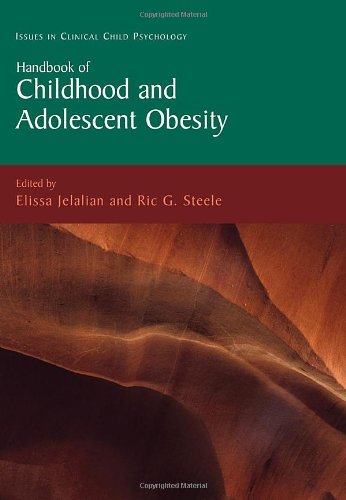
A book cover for Handbook of Childhood and Adolescent Obesity (Issues in Clinical Child Psychology); Health, Fitness & Dieting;